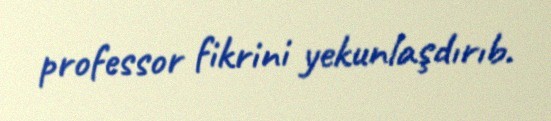
professor fikrini yekunlaşdırıb.